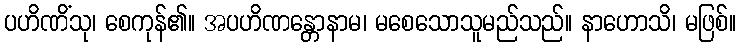
ပဟိဏိံသု၊ စေကုန်၏။ အပဟိဏန္တောနာမ၊ မစေသောသူမည်သည်။ နာဟောသိ၊ မဖြစ်။